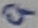
Text: 9